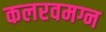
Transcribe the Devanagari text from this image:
कलरवमग्न